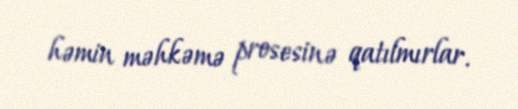
həmin məhkəmə prosesinə qatılmırlar.